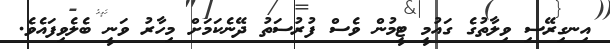
އިނގިރޭސި ވިލާތުގެ ގައުމީ ޓީމުން ވެސް ފުރުސަތު ދޭނެކަމަށް މިހާރު ވަނީ ބެލެވިފައެވެ.